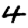
Digit: 4